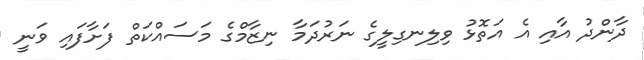
ދާންދު އާއި އެ އަތޮޅު ވިލިނގިލީގެ ނަރުދަމާ ނިޒާމްގެ މަސައްކަތް ފަށާފައި ވަނީ